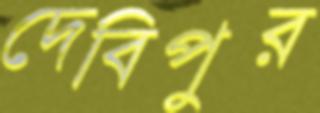
দেবিপুর